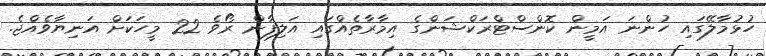
ހުޅުމާލޭގައި ހުންނަ އަމީން ކޮންސްޓްރަކްޝަންގެ އިމާރާތެއްގައި އަލިފާން ރޯވެ 22 މީހަކަށް އަނިޔާވެއްޖެ.